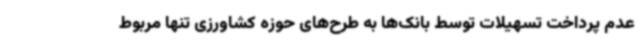
عدم پرداخت تسهیلات توسط بانک‌ها به طرح‌های حوزه کشاورزی تنها مربوط